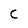
Character: C